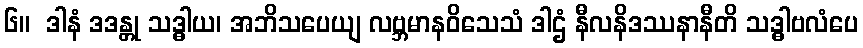
၆။  ဒါနံ ဒဒန္တု သဒ္ဓါယ၊ အဘိသပေယျ လဗ္ဘမာနဝိသေသံ ဒါဌံ နီလနိဒဿနာနီတိ သဒ္ဓါဗလံပေ